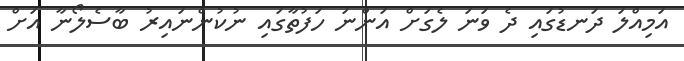
އަމިއްލަ ދަނޑުގައި ދެ ވަނަ ލެގަށް އަންނަ ހަފުތާގައި ނުކުންނައިރު ބާސެލޯނާ އަށް